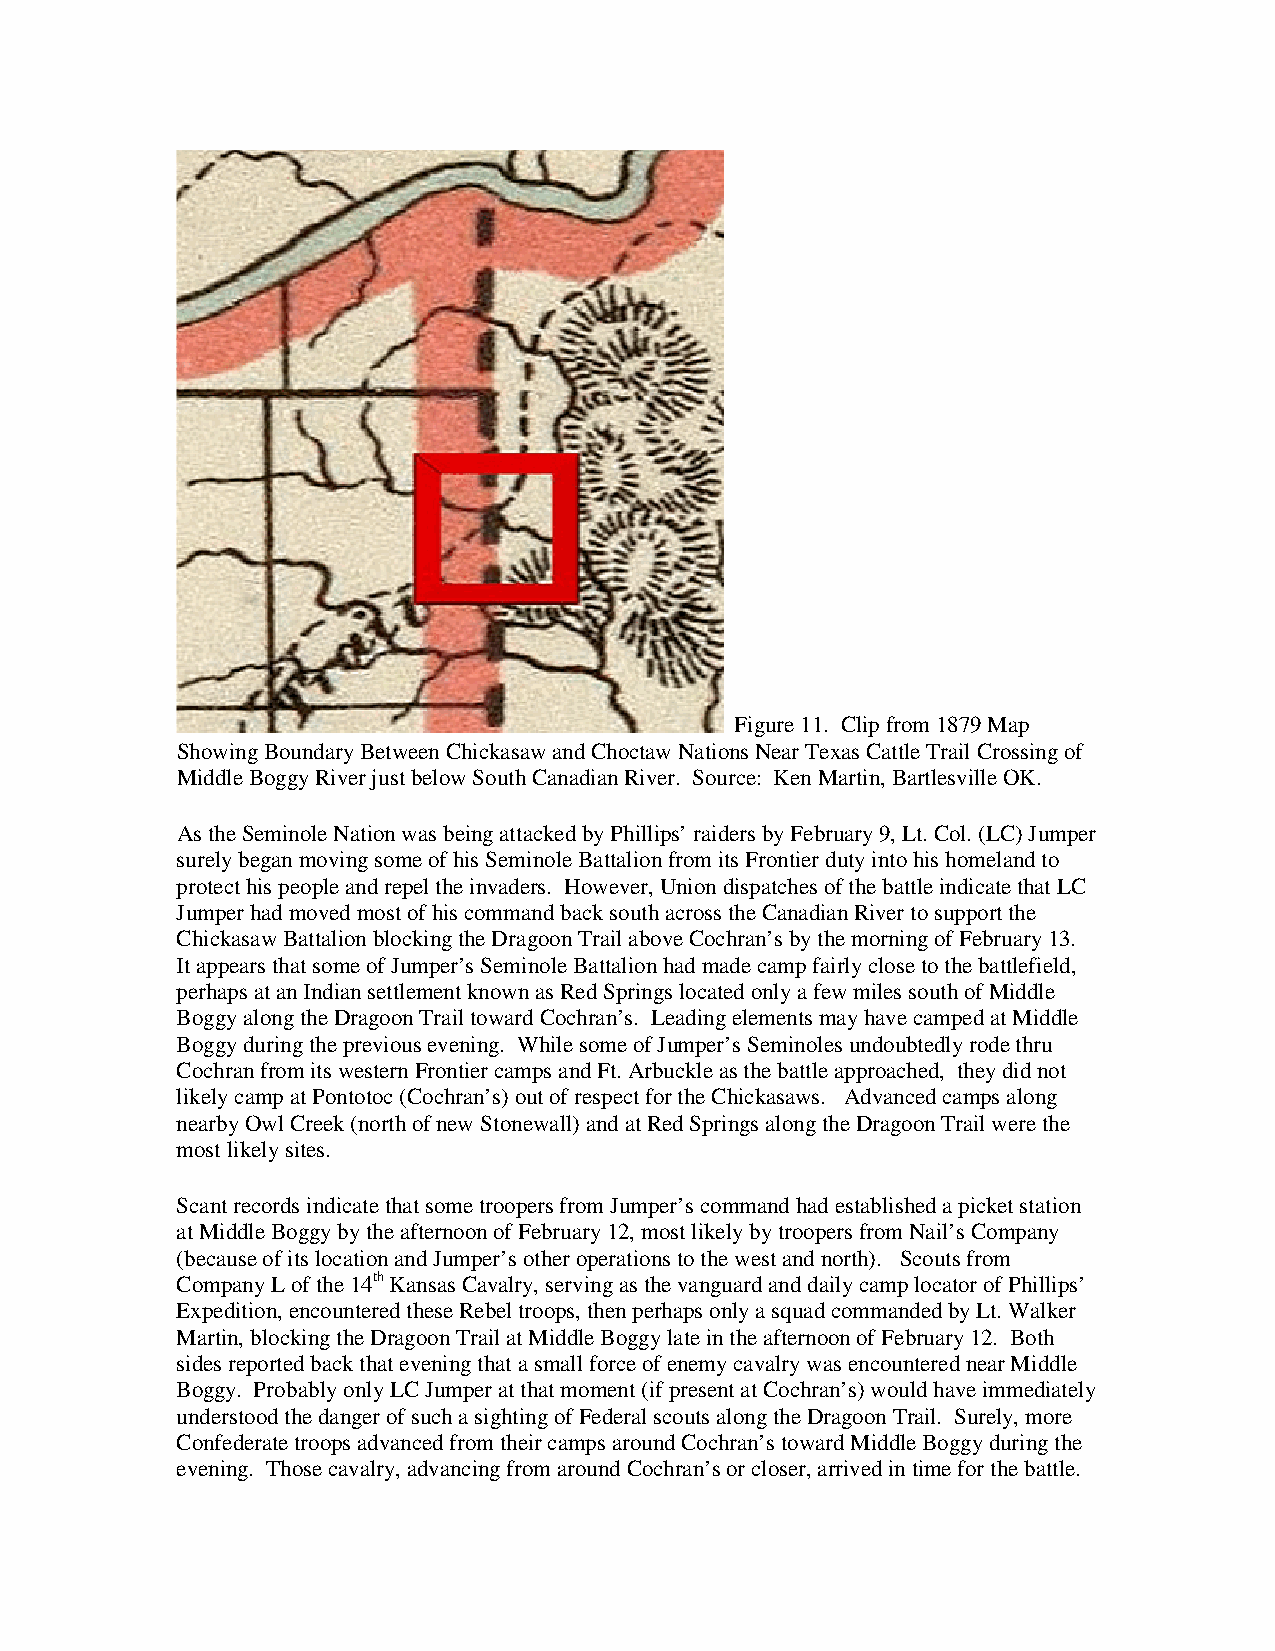
Figure 11. Clip from 1879 Map
 Showing Boundary Between Chickasaw and Choctaw Nations Near Texas Cattle Trail Crossing of
 Middle Boggy River just below South Canadian River. Source: Ken Martin, Bartlesville OK.
 As the Seminole Nation was being attacked by Phillips’ raiders by February 9, Lt. Col. (LC) Jumper
 surely began moving some of his Seminole Battalion from its Frontier duty into his homeland to
 protect his people and repel the invaders. However, Union dispatches of the battle indicate that LC
 Jumper had moved most of his command back south across the Canadian River to support the
 Chickasaw Battalion blocking the Dragoon Trail above Cochran’s by the morning of February 13.
 It appears that some of Jumper’s Seminole Battalion had made camp fairly close to the battlefield,
 perhaps at an Indian settlement known as Red Springs located only a few miles south of Middle
 Boggy along the Dragoon Trail toward Cochran’s. Leading elements may have camped at Middle
 Boggy during the previous evening. While some of Jumper’s Seminoles undoubtedly rode thru
 Cochran from its western Frontier camps and Ft. Arbuckle as the battle approached, they did not
 likely camp at Pontotoc (Cochran’s) out of respect for the Chickasaws. Advanced camps along
 nearby Owl Creek (north of new Stonewall) and at Red Springs along the Dragoon Trail were the
 most likely sites.
 Scant records indicate that some troopers from Jumper’s command had established a picket station
 at Middle Boggy by the afternoon of February 12, most likely by troopers from Nail’s Company
 (because of its location and Jumper’s other operations to the west and north). Scouts from
 Company L of the 14th Kansas Cavalry, serving as the vanguard and daily camp locator of Phillips’
 Expedition, encountered these Rebel troops, then perhaps only a squad commanded by Lt. Walker
 Martin, blocking the Dragoon Trail at Middle Boggy late in the afternoon of February 12. Both
 sides reported back that evening that a small force of enemy cavalry was encountered near Middle
 Boggy. Probably only LC Jumper at that moment (if present at Cochran’s) would have immediately
 understood the danger of such a sighting of Federal scouts along the Dragoon Trail. Surely, more
 Confederate troops advanced from their camps around Cochran’s toward Middle Boggy during the
 evening. Those cavalry, advancing from around Cochran’s or closer, arrived in time for the battle.